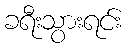
ခရီးသွားရင်း